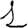
Digit: 1